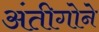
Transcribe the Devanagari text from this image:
अंतीगोने